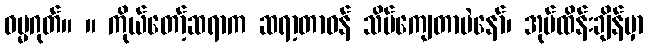
ဓမ္မဂုတ်။ ။ ကိုယ်တော့်ဆရာက ဆရာ့တာဝန် သိပ်ကျေတာပဲနော်၊ အုပ်ထိန်းချိန်မှာ